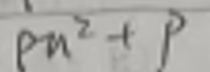
$p\mu^{2}+p$